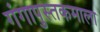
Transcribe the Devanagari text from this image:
गंगापुस्तकमाला